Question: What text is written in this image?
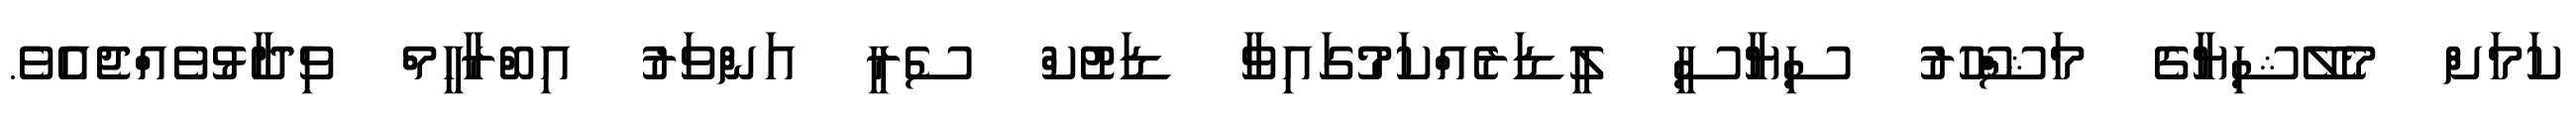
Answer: ކަމަށް މެލޭޝިޔާގެ މަޝްހޫރު ސިޔާސީ ލީޑަރެއްކަމުގައިވާ ޑަޓުކް ސެރީ އަންވަރު އިބްރާހީމް ވިދާޅުވެއްޖެއެވެ.